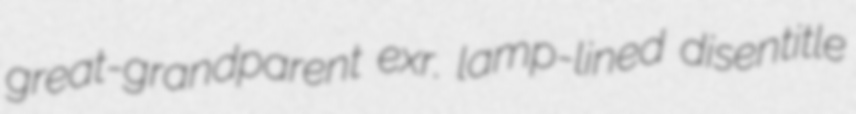
great-grandparent exr. lamp-lined disentitle